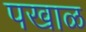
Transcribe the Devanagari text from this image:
पखाळ